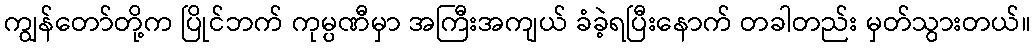
ကျွန်တော်တို့က ပြိုင်ဘက် ကုမ္ပဏီမှာ အကြီးအကျယ် ခံခဲ့ရပြီးနောက် တခါတည်း မှတ်သွားတယ်။